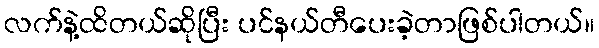
လက်နဲ့ထိတယ်ဆိုပြီး ပင်နယ်တီပေးခဲ့တာဖြစ်ပါတယ်။